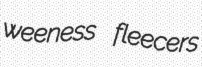
weeness fleecers